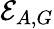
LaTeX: \mathcal{E}_{A,G}